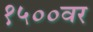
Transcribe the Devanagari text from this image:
१५००वर